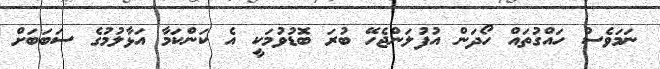
ނަމަވެސް ހައްގުތައް ހޯދަން އުފުލަންޖެހޭ ބުރަ ބޮޑުވުމަކީ އެ ކަންކަމާ އަޅާލުމުގެ ސަބަބަށް